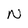
Character: N